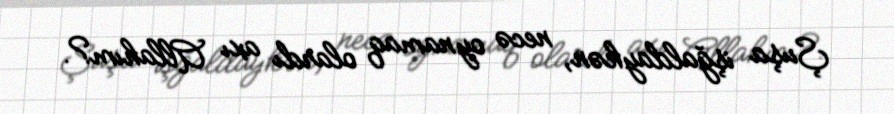
Şuşa işğaldaykən, necə oynamaq olardı axı Allahım?.